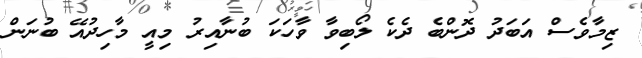
ޒިމާވެސް އަބަދު ދޮންބެ ދެކެ ލޯބިވާ ވާހަކަ ބުނާއިރު މިއީ މާހިދުއޭ ބުނަން